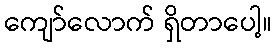
ကျော်လောက် ရှိတာပေါ့။